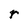
Character: r